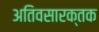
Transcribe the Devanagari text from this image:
अतिवसारक्तक